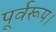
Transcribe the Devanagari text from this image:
पूर्वरूप।